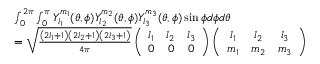
\begin{array} { r l } & { \int _ { 0 } ^ { 2 \pi } \int _ { 0 } ^ { \pi } Y _ { l _ { 1 } } ^ { m _ { 1 } } ( \theta , \phi ) Y _ { l _ { 2 } } ^ { m _ { 2 } } ( \theta , \phi ) Y _ { l _ { 3 } } ^ { m _ { 3 } } ( \theta , \phi ) \sin \phi d \phi d \theta } \\ & { = \sqrt { \frac { \left( 2 l _ { 1 } + 1 \right) \left( 2 l _ { 2 } + 1 \right) \left( 2 l _ { 3 } + 1 \right) } { 4 \pi } } \left( \begin{array} { c c c } { l _ { 1 } } & { l _ { 2 } } & { l _ { 3 } } \\ { 0 } & { 0 } & { 0 } \end{array} \right) \left( \begin{array} { c c c } { l _ { 1 } } & { l _ { 2 } } & { l _ { 3 } } \\ { m _ { 1 } } & { m _ { 2 } } & { m _ { 3 } } \end{array} \right) } \end{array}